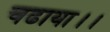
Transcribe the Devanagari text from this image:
चढाया।।